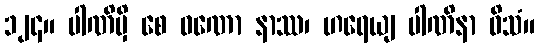
၁၂၄။ ပါဏိမှိ စေ ဝဏော နာဿ၊ ဟရေယျ ပါဏိနာ ဝိသံ။